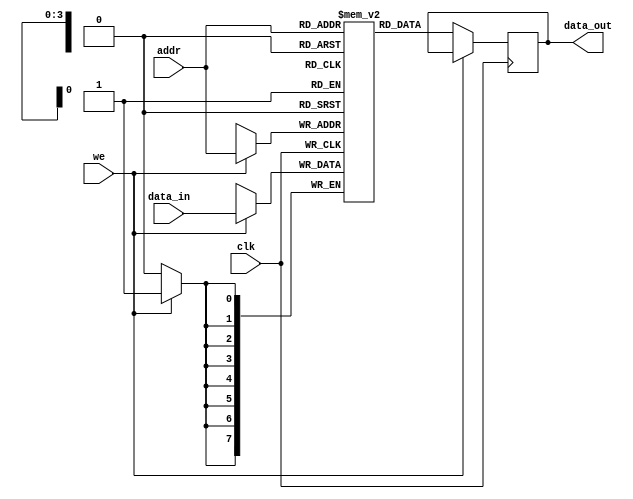
module single_port_ram #(
    parameter DATA_WIDTH = 8,        // Specify the data width
    parameter ADDR_WIDTH = 4         // Specify the address width
) (
    input wire clk,                  // Clock signal
    input wire we,                   // Write enable signal
    input wire [ADDR_WIDTH-1:0] addr, // Address input
    input wire [DATA_WIDTH-1:0] data_in, // Input data bus
    output reg [DATA_WIDTH-1:0] data_out // Output data bus
);

    // Calculate the memory depth
    localparam MEM_DEPTH = 2 ** ADDR_WIDTH;

    // Memory array declaration
    reg [DATA_WIDTH-1:0] ram [0:MEM_DEPTH-1];

    // Asynchronous read and synchronous write
    always @(posedge clk) begin
        if (we) begin
            // Write operation
            ram[addr] <= data_in;
        end
    end

    always @(posedge clk) begin
        if (!we) begin
            // Read operation
            data_out <= ram[addr];
        end
    end

    // Optional: Asynchronous reset (uncomment if needed)
    /*
    input wire rst, // Asynchronous reset
    always @(posedge rst) begin
        integer i;
        for (i = 0; i < MEM_DEPTH; i = i + 1) begin
            ram[i] <= {DATA_WIDTH{1'b0}}; // Initialize RAM to zero
        end
    end
    */

endmodule